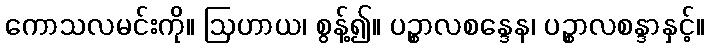
ကောသလမင်းကို။ ဩဟာယ၊ စွန့်၍။ ပဉ္စာလစန္ဒေန၊ ပဉ္စာလစန္ဒာနှင့်။